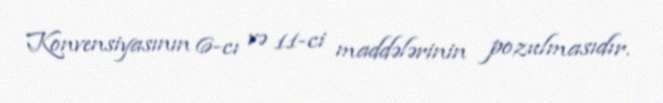
Konvensiyasının 6-cı və 11-ci maddələrinin pozulmasıdır.